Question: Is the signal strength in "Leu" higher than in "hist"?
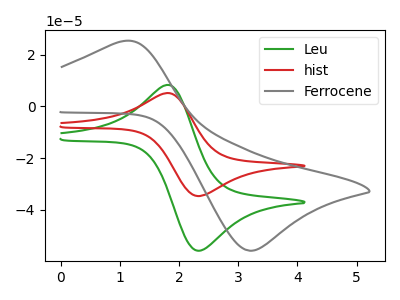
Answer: <think>The green curve "Leu" has an anodic peak at (1.85V, 8.25uA) and a cathodic peak at (2.30V, -55.85uA). The red curve "hist" has an anodic peak at (1.85V, 5.15uA) and a cathodic peak at (2.30V, -34.70uA). The gray curve "Ferrocene" has an anodic peak at (1.05V, 25.25uA) and a cathodic peak at (3.25V, -55.80uA).
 All the peaks in "Leu" have a peak in "hist" at the same potential. Every peak in "Leu" is higher than every peak in "hist".</think>
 <answer>"Leu" has more signal than "hist".</answer>
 <eval>more_signal</eval>